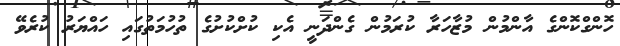
ހޮންގްކޮންގެ އާންމުން މުޒާހަރާ ކުރަމުން ގެންދަނީ އެކި ކުށްކުށުގެ ތުހުމަތުގައި ހައްޔަރު ކުރެވޭ